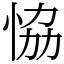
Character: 恊